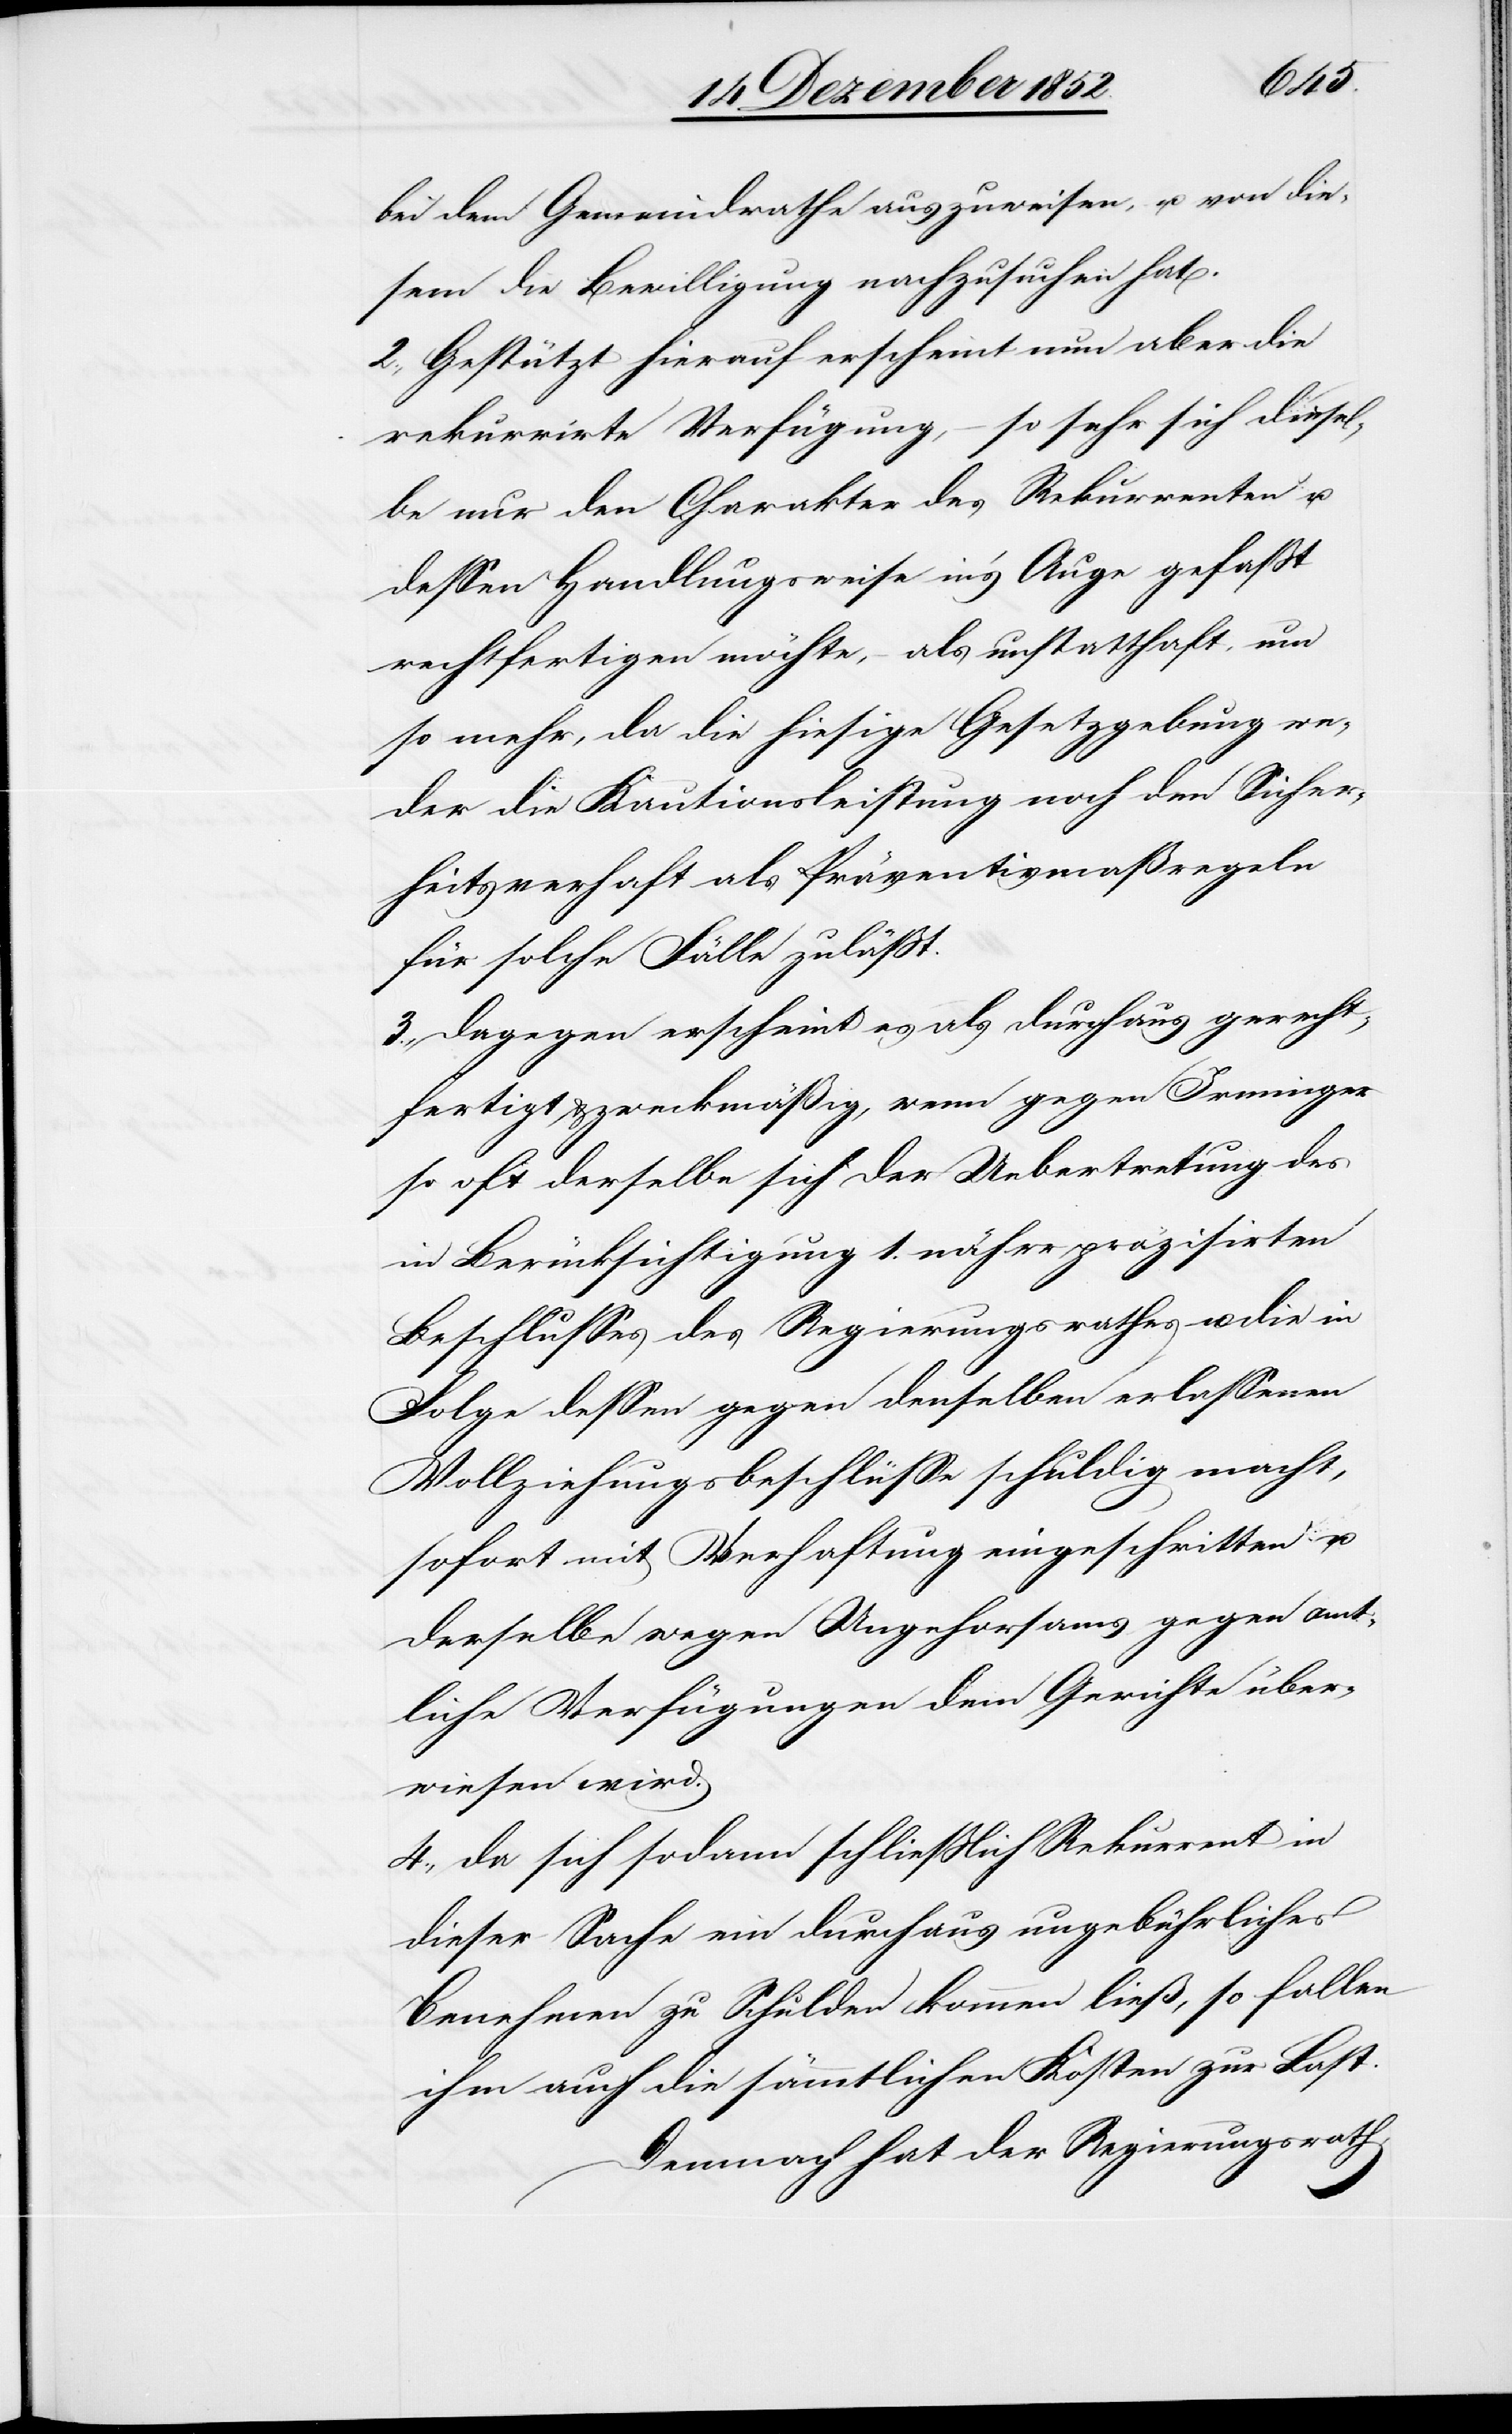
bei dem Gemeindrathe auszuweisen, u. von die¬
sem die Bewilligung nachzusuchen hat.
2., Gestützt hierauf erscheint nun aber die
rekurrirte Verfügung, – so sehr sich diesel¬
be nur den Charakter des Rekurrenten u.
dessen Handlungsweise in’s Auge gefaßt
rechtfertigen möchte, – als unstatthaft, um
so mehr, da die hiesige Gesetzgebung we¬
der die Kautionsleistung noch den Sicher¬
heitsverhaft als Präventivmaßregeln
für solche Fälle zuläßt.
3., Dagegen erscheint es als durchaus gerecht¬
fertigt & zweckmäßig, wenn gegen Irminger
so oft derselbe sich der Uebertretung des
in Berücksichtigung 1. näher präzisirten
Beschlusses des Regierungsrathes u. die in
Folge dessen gegen denselben erlassenen
Vollziehungsbeschlüsse schuldig macht,
sofort mit Verhaftung eingeschritten u.
derselbe wegen Ungehorsams gegen amt¬
liche Verfügungen dem Gerichte über¬
wiesen wird.
4., Da sich sodann schließlich Rekurrent in
dieser Sache ein durchaus ungebührliches
Benehmen zu Schulden kommen ließ, so fallen
ihm auch die sämmtlichen Kosten zur Last.
Demnach hat der Regierungsrath,